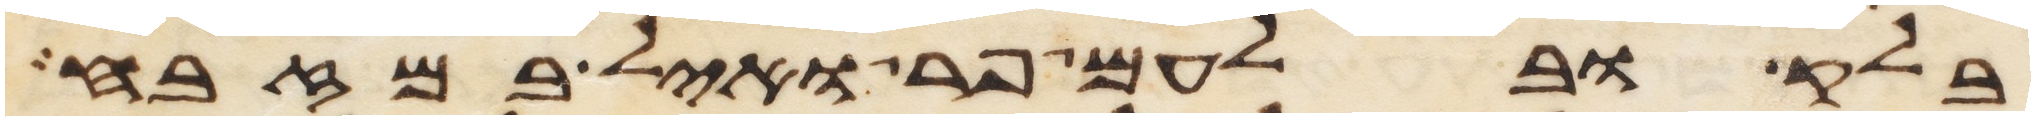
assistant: בלק ובלעם פר ואיל במזבח